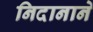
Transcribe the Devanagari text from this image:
निदानाने